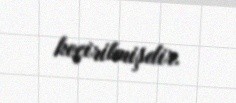
keçirilmişdir.